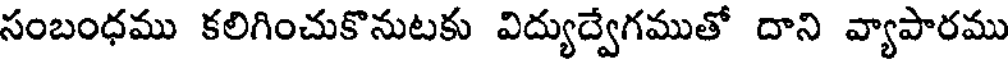
సంబంధము కలిగించుకొనుటకు విద్యుద్వేగముతో దాని వ్యాపారము